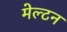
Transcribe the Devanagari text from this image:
मेल्टन